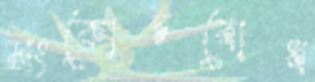
সংকোচবোধ